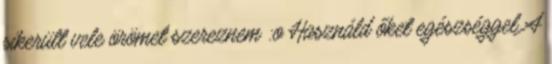
sikerült vele örömet szereznem :o Használd őket egészséggel A